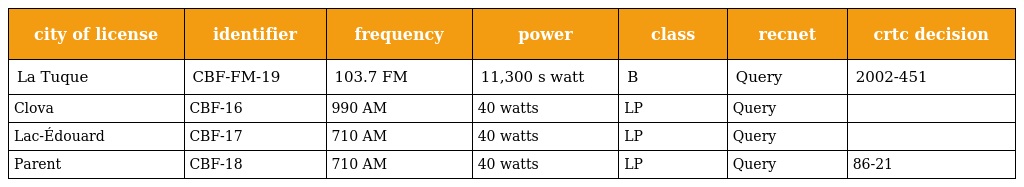
| city of license | identifier | frequency | power | class | recnet | crtc decision |
 | --- | --- | --- | --- | --- | --- | --- |
 | La Tuque | CBF-FM-19 | 103.7 FM | 11,300 s watt | B | Query | 2002-451 |
 | Clova | CBF-16 | 990 AM | 40 watts | LP | Query |  |
 | Lac-Édouard | CBF-17 | 710 AM | 40 watts | LP | Query |  |
 | Parent | CBF-18 | 710 AM | 40 watts | LP | Query | 86-21 |